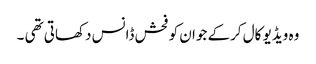
وہ ویڈیو کال کرکے جوان کو فحش ڈانس دکھاتی تھی ۔